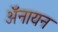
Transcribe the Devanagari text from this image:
ॲनायन